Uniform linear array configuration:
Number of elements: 16
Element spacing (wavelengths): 0.5
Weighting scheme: blackman
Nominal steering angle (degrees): -60
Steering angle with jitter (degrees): -61.53
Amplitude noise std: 0.05
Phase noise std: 0.05

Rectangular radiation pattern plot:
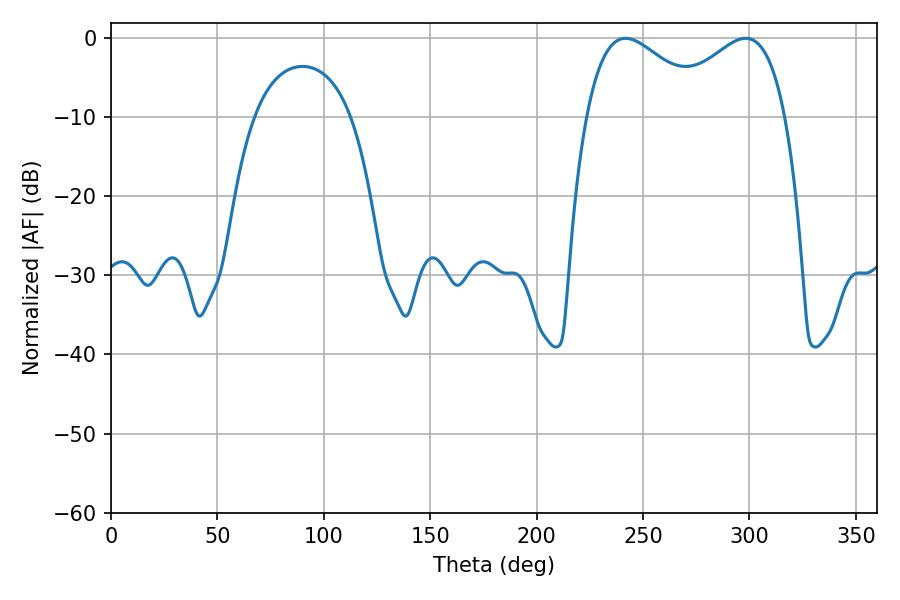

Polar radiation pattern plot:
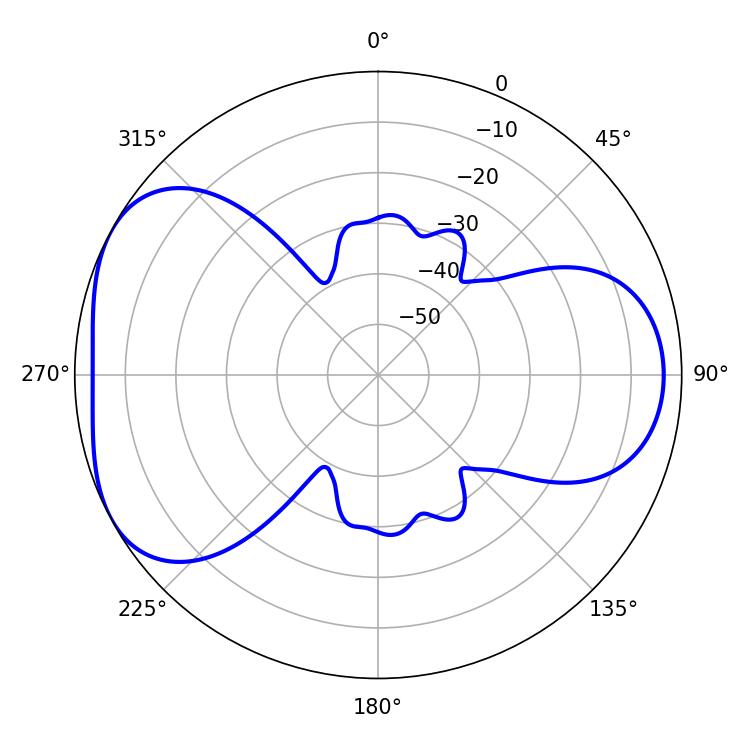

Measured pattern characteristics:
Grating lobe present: FALSE
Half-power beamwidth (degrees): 31.5
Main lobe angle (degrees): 241.74